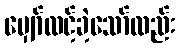
မျှော်လင့်ခဲ့သော်လည်း